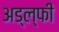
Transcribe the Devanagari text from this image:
अड्ल्फी